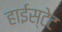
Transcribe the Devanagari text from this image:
हाईस्टेट